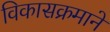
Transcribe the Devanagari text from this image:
विकासक्रमाने